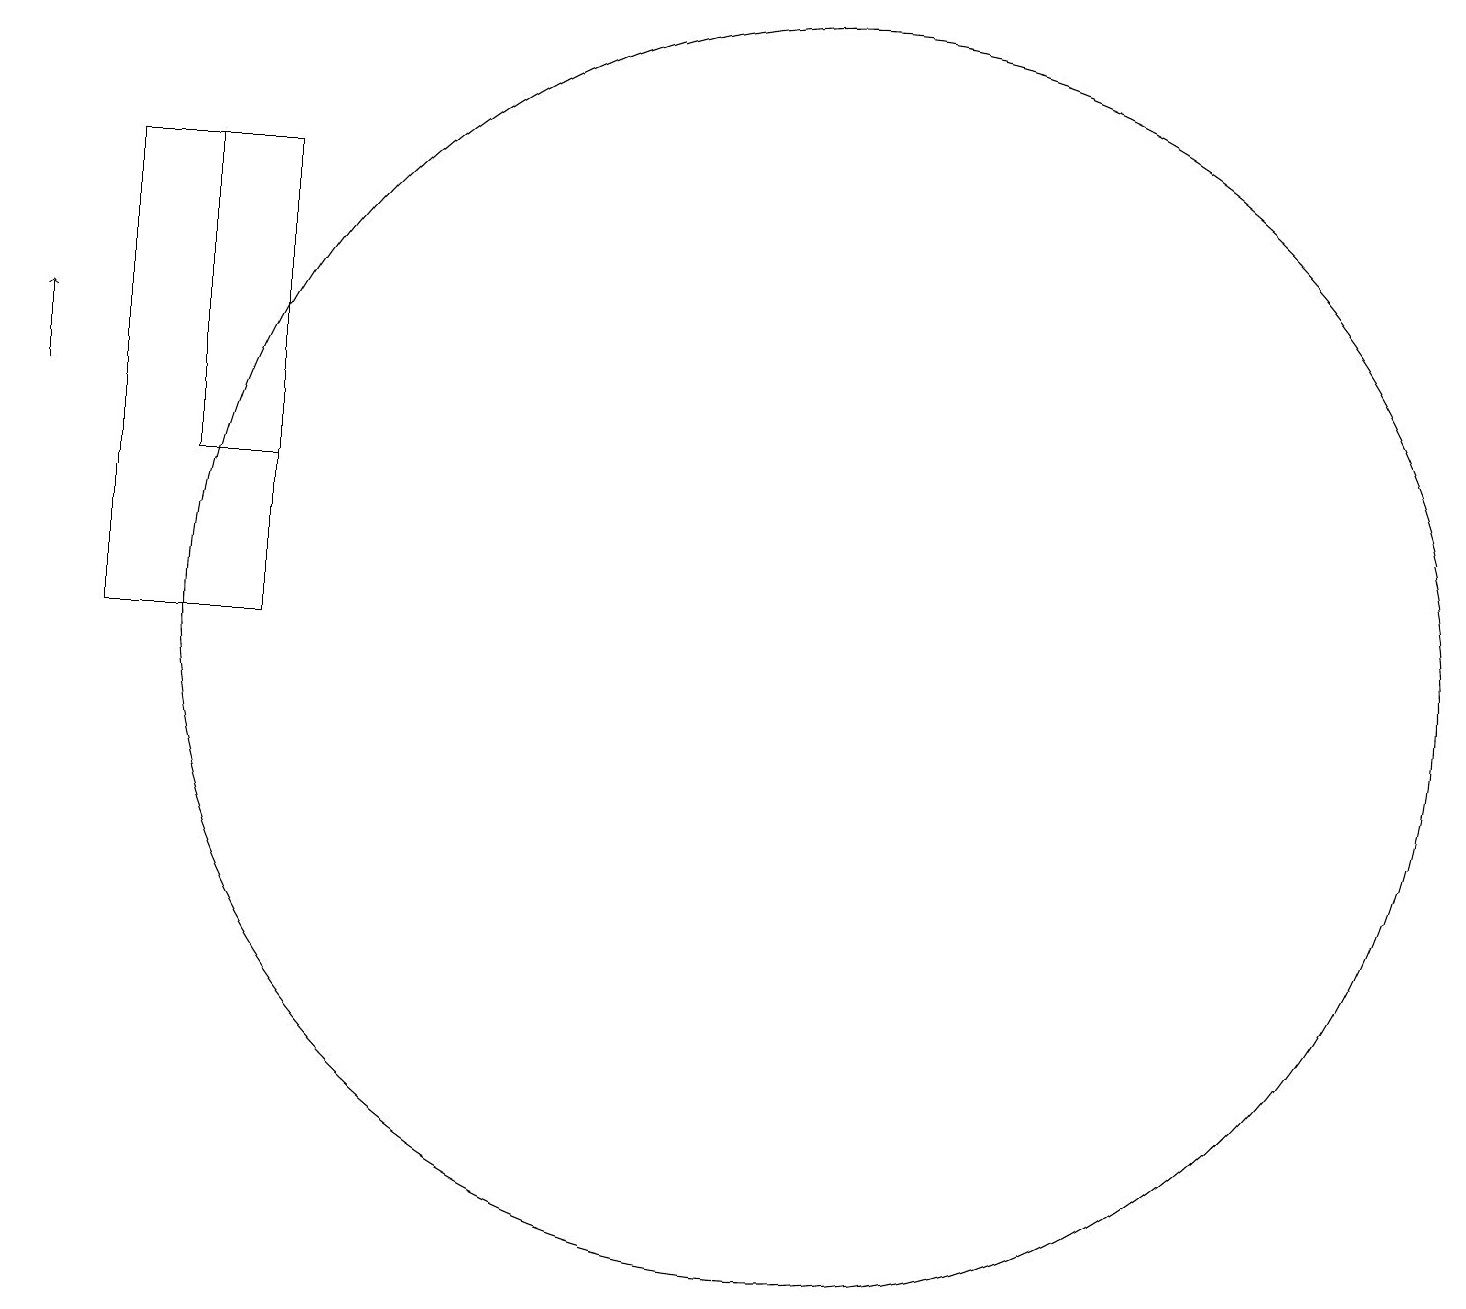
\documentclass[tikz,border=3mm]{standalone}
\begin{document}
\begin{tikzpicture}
\draw[->] (1,13) -- (1,14);
\draw (11,10) circle (8);
\draw (4,16) rectangle (3,12);
\draw (4,10) rectangle (2,16);
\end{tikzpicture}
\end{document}